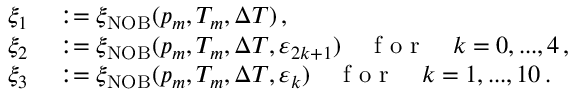
\begin{array} { r l } { \xi _ { 1 } } & { { } : = \xi _ { \mathrm { N O B } } ( p _ { m } , T _ { m } , \Delta T ) \, , } \\ { \xi _ { 2 } } & { { } : = \xi _ { \mathrm { N O B } } ( p _ { m } , T _ { m } , \Delta T , \varepsilon _ { 2 k + 1 } ) \quad \mathrm { ~ f ~ o ~ r ~ } \quad k = 0 , . . . , 4 \, , } \\ { \xi _ { 3 } } & { { } : = \xi _ { \mathrm { N O B } } ( p _ { m } , T _ { m } , \Delta T , \varepsilon _ { k } ) \quad \mathrm { ~ f ~ o ~ r ~ } \quad k = 1 , . . . , 1 0 \, . } \end{array}